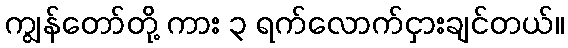
ကျွန်တော်တို့ ကား ၃ ရက်လောက်ငှားချင်တယ်။